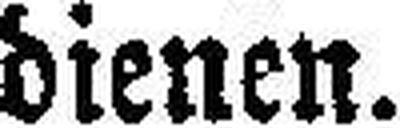
dienen.